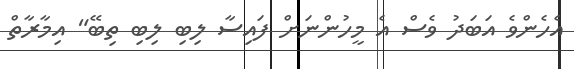
އެހެންވެ އަބަދު ވެސް އެ މީހުންނަށް ފައިސާ ލިބި ލިބި ތިބޭ" އިމާރާތް